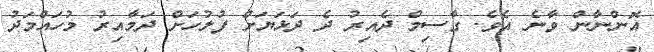
އޮންނާން ވާނެ އެވެ. ގާސިމް ދެއިރު ދެ ދަޅަޔަށް ފުލުހަށް ދަމާއިރު މުހައްމަދު